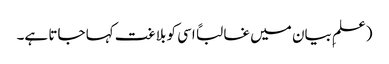
(علمِ بیان میں غالباً اسی کو بلاغت کہا جاتا ہے۔